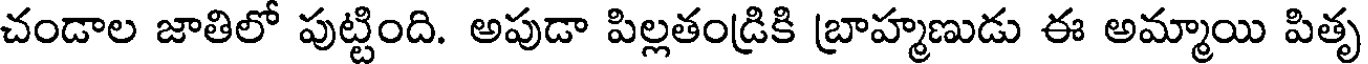
చండాల జాతిలో పుట్టింది. అపుడా పిల్లతండ్రికి బ్రాహ్మణుడు ఈ అమ్మాయి పితృ